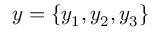
y = \{ y _ { 1 } , y _ { 2 } , y _ { 3 } \}